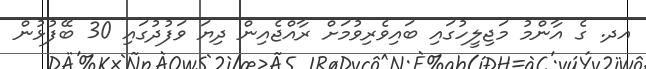
އދ. ގެ އާންމު މަޖިލީހުގައި ބައިވެރިވުމަށް ރާއްޖެއިން ދިޔަ ވަފުދުގައި 30 ބޭފުޅުން